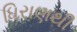
ધિરાણથી